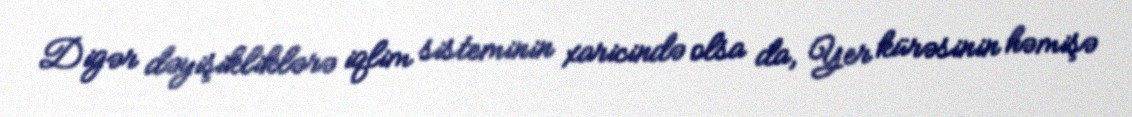
Digər dəyişikliklərə iqlim sisteminin xaricində olsa da, Yer kürəsinin həmişə